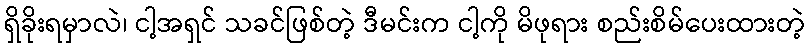
ရှိခိုးရမှာလဲ၊ ငါ့အရှင် သခင်ဖြစ်တဲ့ ဒီမင်းက ငါ့ကို မိဖုရား စည်းစိမ်ပေးထားတဲ့